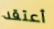
أعتقد